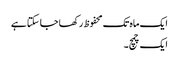
ایک ماہ تک محفوظ رکھا جا سکتا ہے
ایک چمچ۔